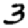
Digit: 3